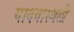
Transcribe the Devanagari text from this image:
यादवास्थली